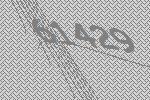
61429